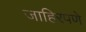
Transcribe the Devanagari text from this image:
जाहिरपणे